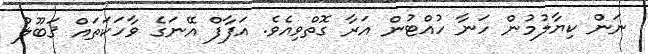
ނަން ކިޔާލުމުން ހަނާ ހުއްޓުން އަރާ ގޮތްވިއެވެ. އަފާފް އޭނަގެ ވާހަކަތައް ޤަބޫލު